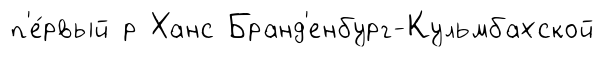
п'е́рвый р Ханс Бранд'енбург-Кульмбахской